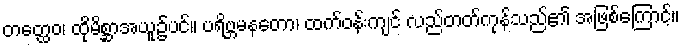
တတ္ထေဝ၊ ထိုမိစ္ဆာအယူ၌ပင်။ ပရိဗ္ဘမနတော၊ ထက်ဝန်းကျင် လည်တတ်ကုန်သည်၏ အဖြစ်ကြောင့်။